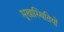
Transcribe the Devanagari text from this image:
सूखास्थितियों